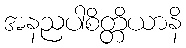
အနညပါစိတ္တိယာနိ